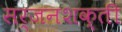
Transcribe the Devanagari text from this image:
सर्जनशक्ती